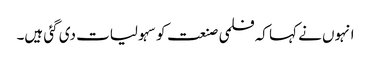
انہوں نے کہا کہ فلمی صنعت کو سہولیات دی گئی ہیں۔